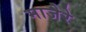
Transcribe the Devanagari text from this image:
माजेरे